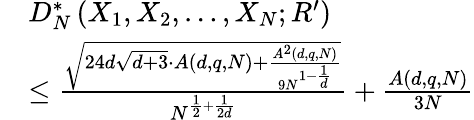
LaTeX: \begin{array}{rl}&{D_{N}^{*}\left(X_{1},X_{2},\ldots,X_{N};R^{\prime}\right)}\\ &{\leq\frac{\sqrt{24d\sqrt{d+3}\cdot A(d,q,N)+\frac{A^{2}(d,q,N)}{9N^{1-\frac{1}{d}}}}}{N^{\frac{1}{2}+\frac{1}{2d}}}+\frac{A(d,q,N)}{3N}}\end{array}